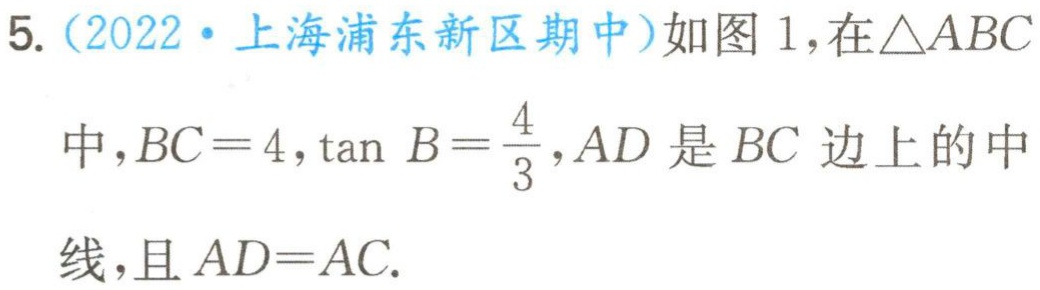
5.（2022·上海浦东新区期中）如图1，在$\triangle ABC$中，$BC = 4$，$\tan B=\frac{4}{3}$，$AD$是$BC$边上的中线，且$AD = AC$.